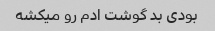
بودی بد گوشت ادم رو میکشه